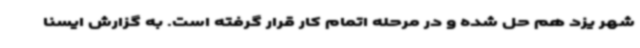
شهر یزد هم حل‌ شده و در مرحله اتمام کار قرار گرفته است. به گزارش ایسنا